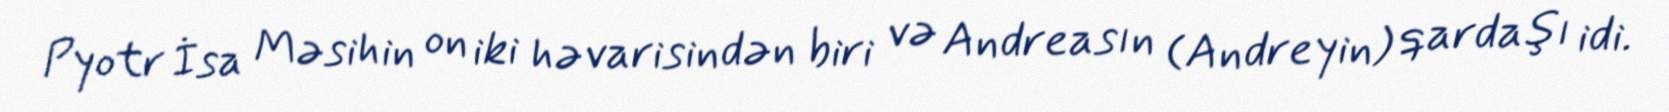
Pyotr İsa Məsihin on iki həvarisindən biri və Andreasın (Andreyin) qardaşı idi.